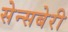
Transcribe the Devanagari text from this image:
सेन्सबेरी